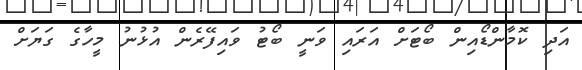
އަދި ކޮމާންޑޯއިން ބޯޓަށް އަރައި ވަނީ ބޯޓު ވައިފޭރެން އުޅުނު މީހާގެ ގަޔަށް